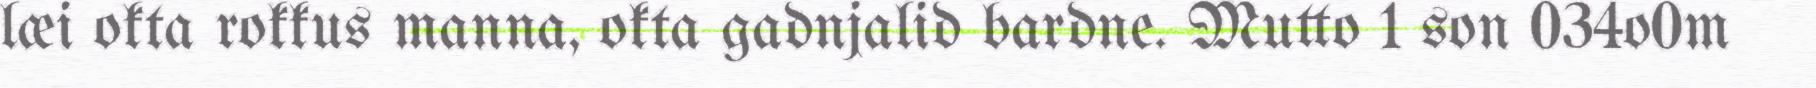
læi okta rokkus manna, okta gadnjalid bardne. Mutto 1 son 034o0m